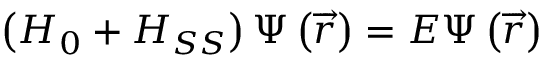
\left( H _ { 0 } + H _ { S S } \right) \Psi \left( \overrightarrow { r } \right) = E \Psi \left( \overrightarrow { r } \right)